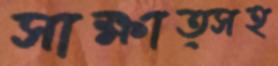
সাক্ষাত্সহ